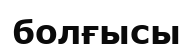
болғысы